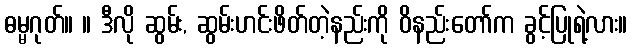
ဓမ္မဂုတ်။ ။ ဒီလို ဆွမ်း, ဆွမ်းဟင်းဖိတ်တဲ့နည်းကို ဝိနည်းတော်က ခွင့်ပြုရဲ့လား။